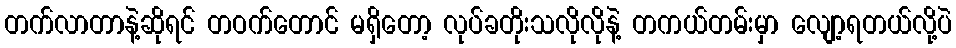
တက်လာတာနဲ့ဆိုရင် တဝက်တောင် မရှိတော့ လုပ်ခတိုးသလိုလိုနဲ့ တကယ်တမ်းမှာ လျော့ရတယ်လို့ပဲ